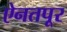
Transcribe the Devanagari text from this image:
ऐनतपूर